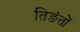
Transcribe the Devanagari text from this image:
तिङंतों